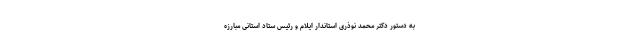
به دستور دکتر محمد نوذری استاندار ایلام و رئیس ستاد استانی مبارزه